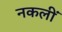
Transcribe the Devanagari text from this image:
नकलीं